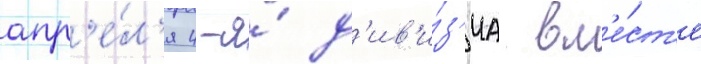
апр'е́л'я 4-я́ д'ив'и́з'иа вм'е́ст'е